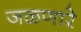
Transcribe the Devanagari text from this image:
जळणारे